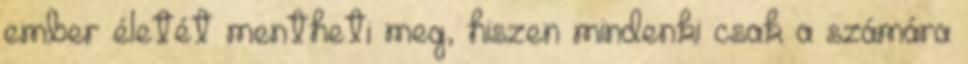
ember életét mentheti meg, hiszen mindenki csak a számára